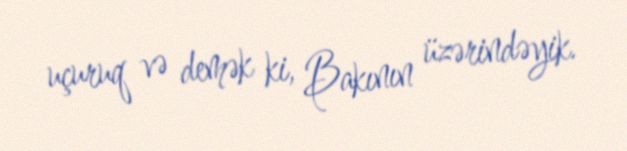
uçuruq və demək ki, Bakının üzərindəyik.